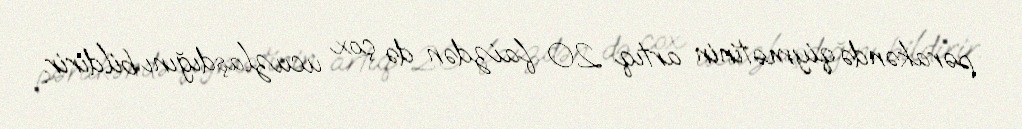
pərakəndə qiymətinin artıq 20 faizdən də çox ucuzlaşdığını bildirir.